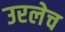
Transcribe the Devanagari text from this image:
उरलेच